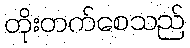
တိုးတက်စေသည်